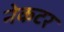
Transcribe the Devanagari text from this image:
नेकटर